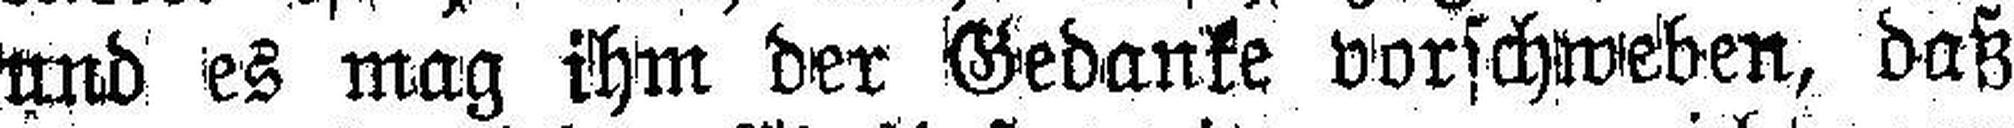
und es mag ihm der Gedanke vorschweben, daß